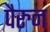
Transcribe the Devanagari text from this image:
पैरुन